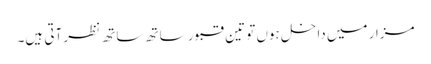
مزار میں داخل ہوں تو تین قبور ساتھ ساتھ نظر آتی ہیں۔